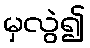
မှလွဲ၍